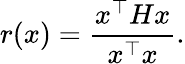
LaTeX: r(x)=\frac{x^{\top}Hx}{x^{\top}x}.